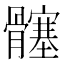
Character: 𮪵